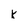
Character: K